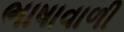
ભાષાવાળી